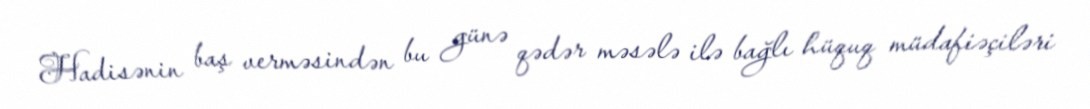
Hadisənin baş verməsindən bu günə qədər məsələ ilə bağlı hüquq müdafiəçiləri